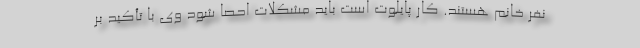
نفر خانم هستند. کار پایلوت است باید مشکلات احصا شود وی با تأکید بر